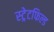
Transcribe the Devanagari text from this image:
स्ट्रेटफिल्ड